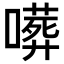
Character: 𠿺